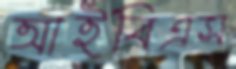
আইবিএস